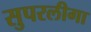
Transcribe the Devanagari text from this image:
सुपरलीगा